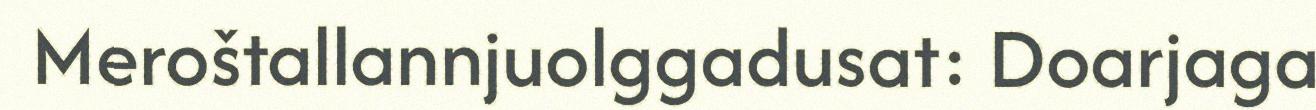
Meroštallannjuolggadusat: Doarjaga